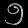
Digit: ၅